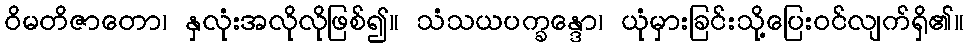
ဝိမတိဇာတော၊ နှလုံးအလိုလိုဖြစ်၍။ သံသယပက္ခန္ဒော၊ ယုံမှားခြင်းသို့ပြေးဝင်လျက်ရှိ၏။